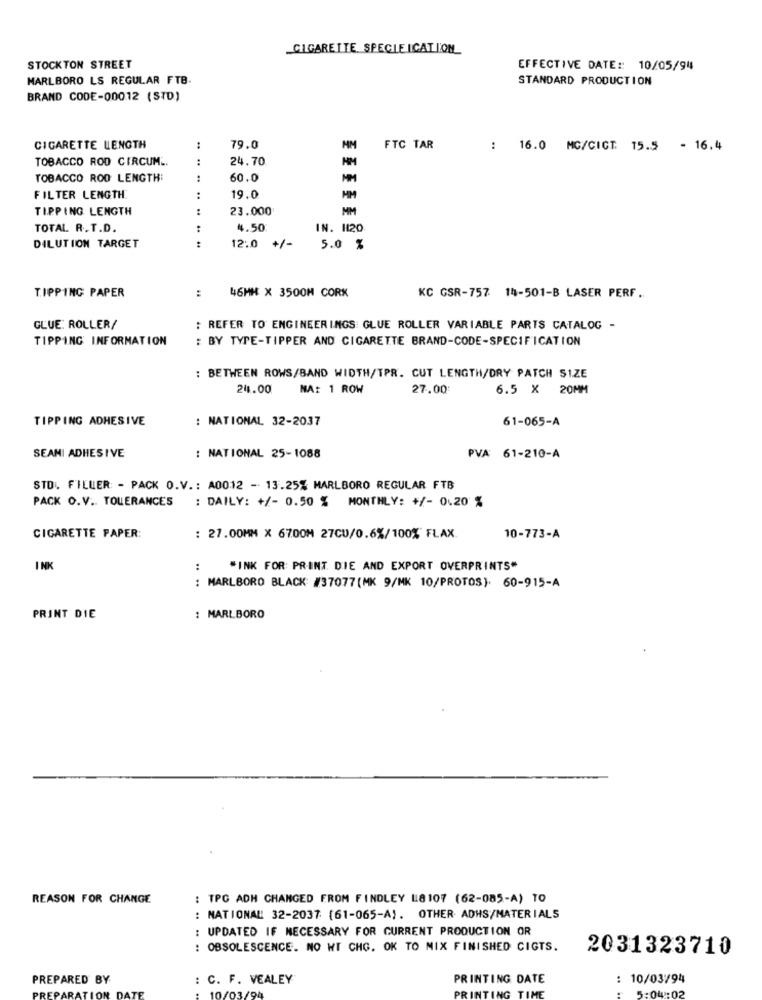
CIGARETTE SPECIE ICATION
STOCKTON STREET
EFFECTIVE DATE :: 10/05/94
MARLBORO LS REGULAR FTB.
STANDARD PRODUCTION
BRAND CODE-00012 (STD)
CIGARETTE LENGTH
:
79.0
FTC TAR
: 16.0 MG/CICT. 15.5 - 16.4
TOBACCO ROD CIRCUM ..
:
24.70
TOBACCO ROD LENGTH:
:
60.0
FILTER LENGTH
:
19.0
HM
TIPPING LENGTH
:
23.000
MM
TOTAL R.T.D.
:
4.50
IN. 1120
DILUTION TARGET
12:0 +/-
5.0 %
:
TIPPING PAPER
46MH X 3500M CORK
KC GSR-757 14-501-B LASER PERF.
GLUE: ROLLER/
: REFER TO ENGINEERINGS GLUE ROLLER VARIABLE PARTS CATALOG -
TIPPING INFORMATION
: BY TYPE-TIPPER AND CIGARETTE BRAND-CODE-SPECIFICATION
: BETWEEN ROWS/BAND WIDTH/TPR. CUT LENGTH/DRY PATCH SIZE
24.00
NA: 1 ROW
27.00
6.5 X 20MM
TIPPING ADHESIVE
: NATIONAL 32-2037
61-065-A
SEANI ADHESIVE
: NATIONAL 25-1088
PVA: 61-210-A
STD. FILUER: - PACK O.V .: A0012 - 13.25% MARLBORO REGULAR FTB
PACK O.V. TOLERANCES : DAILY: +/- 0.50 % MONTHLY: +/- 0.20 %
CIGARETTE PAPER:
: 27.00MM X 6700M 27CU/0.6%/100% FLAX
10-773-A
INK
:
"INK FOR: PRINT. DIE AND EXPORT OVERPRINTS"
: MARLBORO BLACK: #37077(MK 9/MK 10/PROTOS). 60-915-A
PRINT DIE
: MARLBORO
REASON FOR CHANGE
: TPC ADH CHANGED FROM FINDLEY 18107 (62-085-A) TO
NATIONAL 32-2037 (61-065-A). OTHER ADHS/MATERIALS
..
UPDATED IF NECESSARY FOR CURRENT PRODUCTION OR
: OBSOLESCENCE. NO WT CHG. OK TO MIX FINISHED CIGTS.
2031323710
PREPARED BY
: C. F. VEALEY
PRINTING DATE
: 10/03/94
5:04 :02
REPARATION
PRINTING TIME